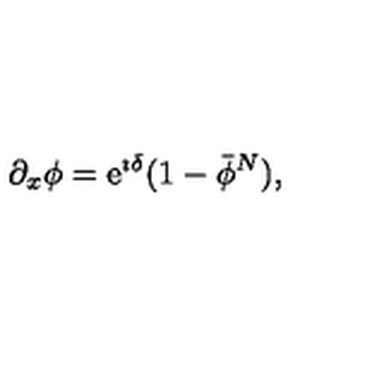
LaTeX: \partial _ { x } \phi = { \mathrm e } ^ { \imath \delta } ( 1 - \bar { \phi } ^ { N } ) ,